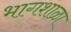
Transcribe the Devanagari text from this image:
भागशाळा